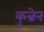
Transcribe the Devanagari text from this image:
कुन्नेन